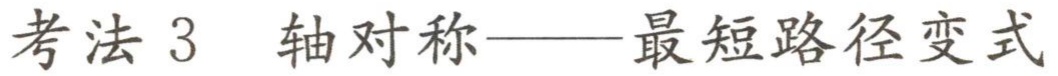
考法 3  轴对称——最短路径变式